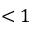
< 1